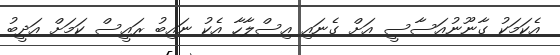
އެކަމަކު ގާނޫނުއަސާސީ އަށް ގެނައި އިސްލާހާ އެކު ނައިބު ރައީސް ކަމަށް އަދީބު